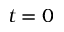
t = 0